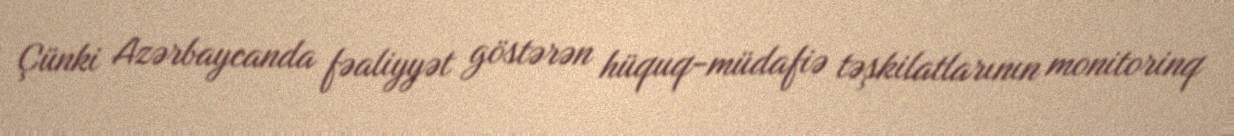
Çünki Azərbaycanda fəaliyyət göstərən hüquq-müdafiə təşkilatlarının monitorinq